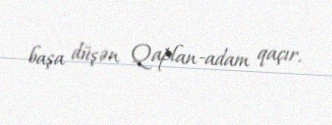
başa düşən Qaplan-adam qaçır.